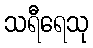
သရီရေသု